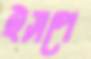
ইসপে